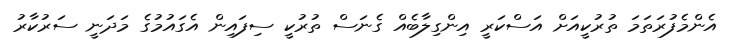
އެންމެފުރަތަމަ ތުރުކީއަށް އަސްކަރީ އިންގިލާބެއް ގެނަސް ތުރުކީ ސިފައިން އެގައުމުގެ މަދަނީ ސަރުކާރު